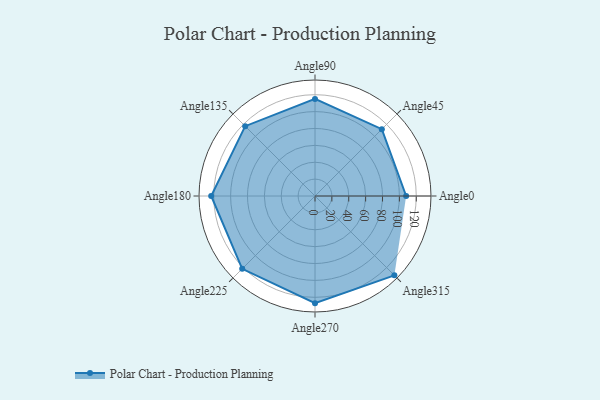
{"axis": {"x": "Angle", "y": "Radius"}, "legend": [""], "data": [{"x": "Angle0", "y": 108.0, "type": ""}, {"x": "Angle45", "y": 112.0, "type": ""}, {"x": "Angle90", "y": 115.0, "type": ""}, {"x": "Angle135", "y": 117.0, "type": ""}, {"x": "Angle180", "y": 123.0, "type": ""}, {"x": "Angle225", "y": 122.0, "type": ""}, {"x": "Angle270", "y": 127.0, "type": ""}, {"x": "Angle315", "y": 133.0, "type": ""}]}